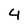
Character: 4